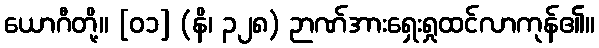
ယောဂီတို့။ [၀၁] (နိ၊ ၃၂၈) ဉာဏ်အားရှေးရှုထင်လာကုန်၏။